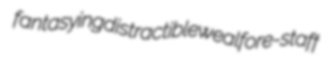
fantasying distractible weal fore-staff